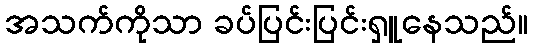
အသက်ကိုသာ ခပ်ပြင်းပြင်းရှူနေသည်။